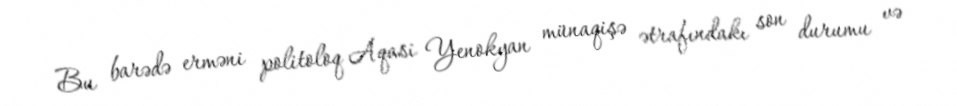
Bu barədə erməni politoloq Aqasi Yenokyan münaqişə ətrafındakı son durumu və